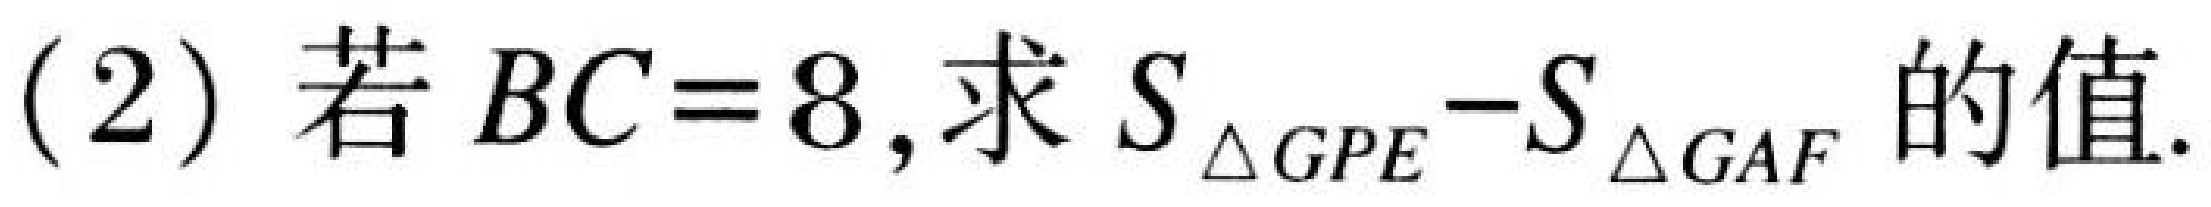
(2) 若 \(BC = 8\)，求 \(S_{\triangle GPE}-S_{\triangle GAF}\) 的值.